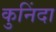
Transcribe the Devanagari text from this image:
कुनिंदा